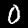
Label: 0